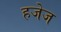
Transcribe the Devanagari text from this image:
हजेज